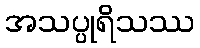
အသပ္ပုရိသဿ